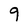
Character: 9